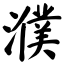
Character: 濮